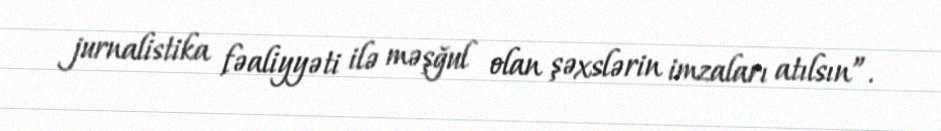
jurnalistika fəaliyyəti ilə məşğul olan şəxslərin imzaları atılsın”.